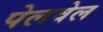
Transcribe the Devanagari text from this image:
पेलवेल